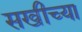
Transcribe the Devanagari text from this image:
सखीच्या